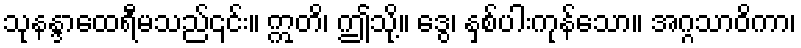
သုနန္ဒာထေရီမသည်၎င်း။ ဣတိ၊ ဤသို့။ ဒွေ၊ နှစ်ပါးကုန်သော။ အဂ္ဂသာဝိကာ၊